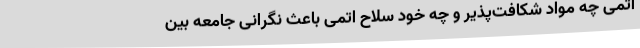
اتمی چه مواد شکافت‌پذیر و چه خود سلاح اتمی باعث نگرانی جامعه بین‌